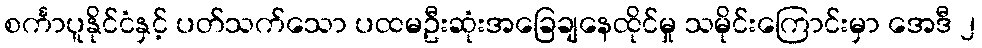
စင်္ကာပူနိုင်ငံနှင့် ပတ်သက်သော ပထမဦးဆုံးအခြေချနေထိုင်မှု သမိုင်းကြောင်းမှာ အေဒီ ၂